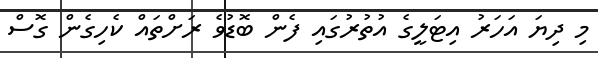
މި ދިޔަ އަހަރު އިޓަލީގެ އުތުރުގައި ފެން ބޮޑުވެ ރަށްތައް ކެހިގެން ގޮސް